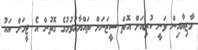
މާޒިޔާއިން ވަނީ ކުރިއަށް އޮތް ސީޒަނަށް ތައްޔާރުވުމުގެ ގޮތުން އެ ޓީމަށް އައު